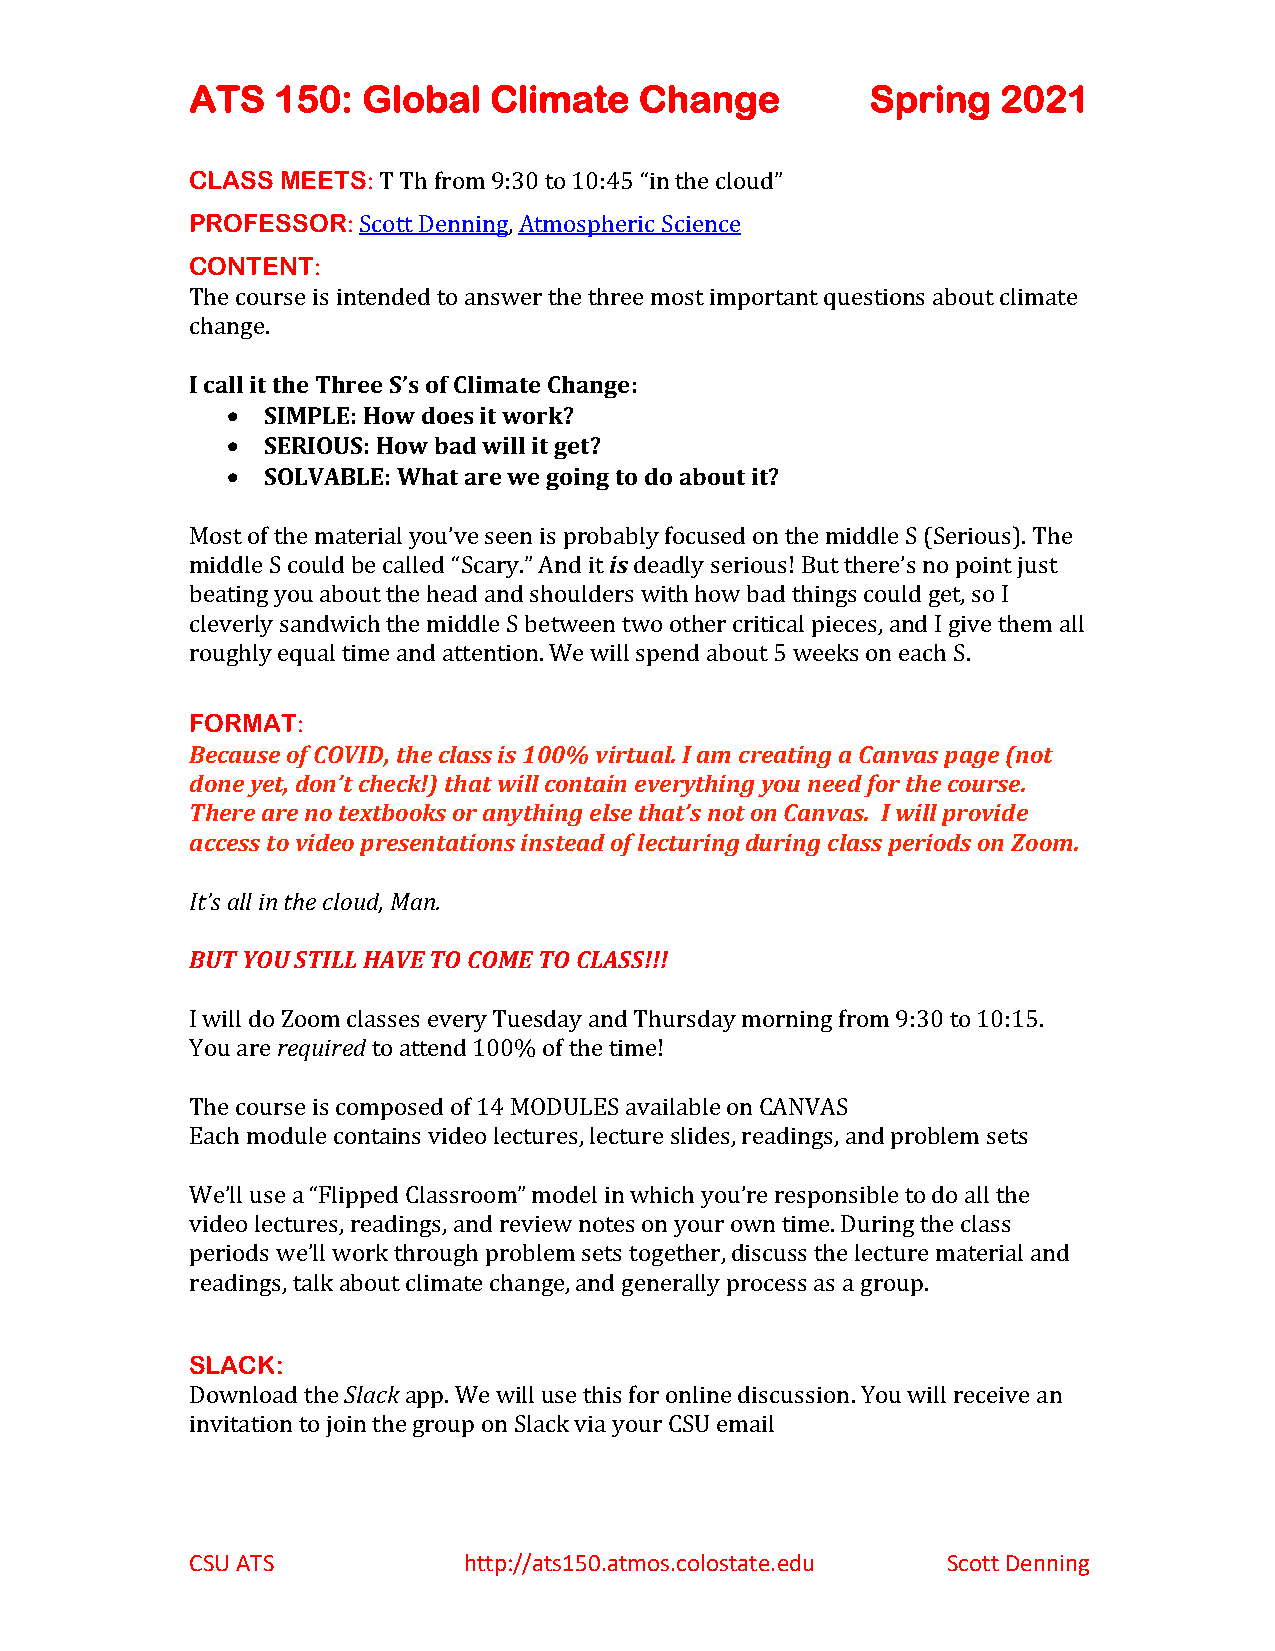
ATS  150:  Global  Climate   Change          Spring  2021
 CLASS MEETS: T Th from 9:30 to 10:45 “in the cloud”
 PROFESSOR: Scott Denning, Atmospheric Science
 CONTENT:
 The course is intended to answer the three most important questions about climate
 change.
 I call it the Three S’s of Climate Change:
 •  SIMPLE: How does it work?
 •  SERIOUS: How bad will it get?
 •  SOLVABLE: What are we going to do about it?
 Most of the material you’ve seen is probably focused on the middle S (Serious). The
 middle S could be called “Scary.” And it is deadly serious! But there’s no point just
 beating you about the head and shoulders with how bad things could get, so I
 cleverly sandwich the middle S between two other critical pieces, and I give them all
 roughly equal time and attention. We will spend about 5 weeks on each S.
 FORMAT:
 Because of COVID, the class is 100% virtual. I am creating a Canvas page (not
 done yet, don’t check!) that will contain everything you need for the course.
 There are no textbooks or anything else that’s not on Canvas. I will provide
 access to video presentations instead of lecturing during class periods on Zoom.
 It’s all in the cloud, Man.
 BUT YOU STILL HAVE TO COME TO CLASS!!!
 I will do Zoom classes every Tuesday and Thursday morning from 9:30 to 10:15.
 You are required to attend 100% of the time!
 The course is composed of 14 MODULES available on CANVAS
 Each module contains video lectures, lecture slides, readings, and problem sets
 We’ll use a “Flipped Classroom” model in which you’re responsible to do all the
 video lectures, readings, and review notes on your own time. During the class
 periods we’ll work through problem sets together, discuss the lecture material and
 readings, talk about climate change, and generally process as a group.
 SLACK:
 Download the Slack app. We will use this for online discussion. You will receive an
 invitation to join the group on Slack via your CSU email
 CSU ATS           http://ats150.atmos.colostate.edu Scott Denning